Report on inoculation in the plague infected areas of the Punjab and its dependencies from October 1900 to September 1901
Year: 1900
Disease focus: Plague
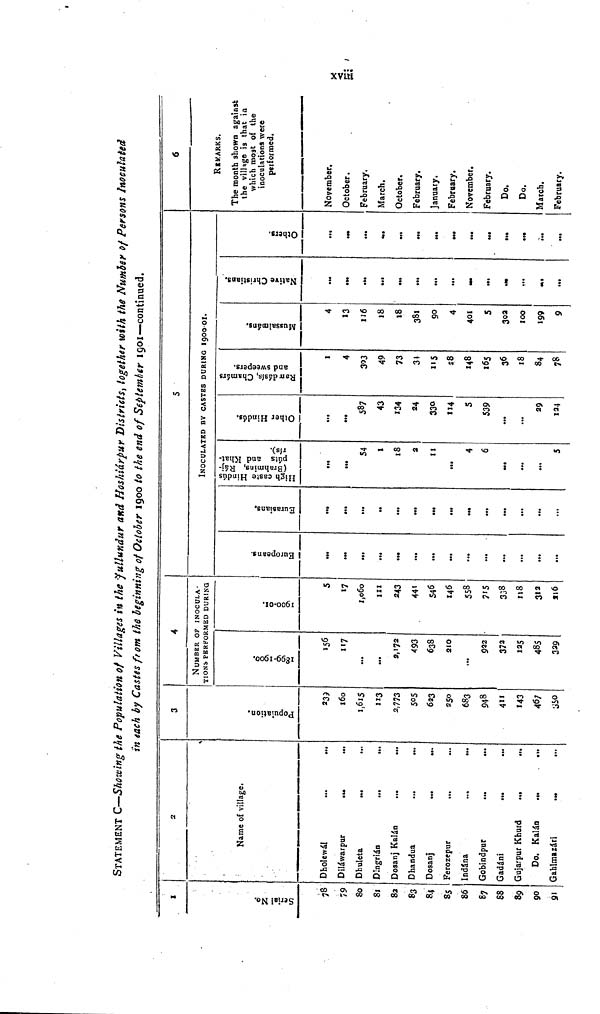
STATEMENT C—Showing the Population of Villages in the Jullundur and Hoshiárpur Districts, together with the Number of Persons Inoculated
in each by Castes from the beginning of October 1900 to the end of September 1901—continued.
xviii
1
Serial No.
78
79
80
81
82
83
84
85
86
87
88
89
90
91
2
Name of village.
Dholewál
Diláwarpur
Dhuleta
Dingrián
...
...
Dosanj Kalán
...
...
Dhandua
...
...
Dosanj
...
...
Ferozepur
...
Indina
...
...
Gobindpur
...
...
Gadáni
...
...
Gujarpur Khurd
...
...
Do. Kalán
Gahlmazári
...
3
Population.
160
1,615
113
2,773
505
623
250
683
948
411
143
467
350
4
NUMBER OF INOCULA-
TIONS PERFORMED DURING
1899-1900.
117
...
...
2,172
493
638
210
...
922
372
125
485
329
1900-01.
5
17
1,060
111
243
441
546
146
558
715
338
118
312
216
Europeans.
...
...
...
...
...
...
...
...
...
...
Eurasians.
...
...
...
...
...
S
INOCULATRD BY CASTES DURING
High caste Hindús (Brahmins, Rájpúts and Khatrís. )
54
1
18
2
11
...
4
6
...
...
5
Other Hindús.
...
587
43
134
24
330
114
S
539
...
...
29
124
Ramdásis, Chamárs and sweepers.
1
4
303
49
73
34
115
28
148
165
36
18
84
78
1900-01.
Mussalmáns.
4
13
116
18
18
381
90
4
401
5
302
100
199
9
Native Christians.
...
...
...
...
Others.
...
...
...
...
6
REMARKS.
The month shown against
the village is that in
which most of the
inoculations were
performed.
November.
October.
February.
March.
October.
February.
January.
February.
November.
February.
Do.
Do.
March.
February.